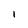
Character: I